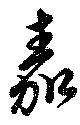
嘉